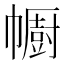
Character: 𢅥